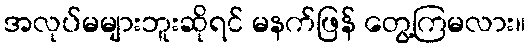
အလုပ်မများဘူးဆိုရင် မနက်ဖြန် တွေ့ကြမလား။